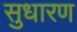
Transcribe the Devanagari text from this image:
सुधारण